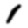
Digit: 1